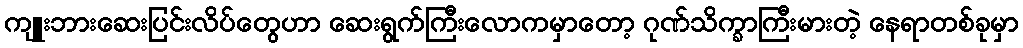
ကျူးဘားဆေးပြင်းလိပ်တွေဟာ ဆေးရွက်ကြီးလောကမှာတော့ ဂုဏ်သိက္ခာကြီးမားတဲ့ နေရာတစ်ခုမှာ